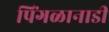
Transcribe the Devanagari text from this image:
पिंगळानाडी